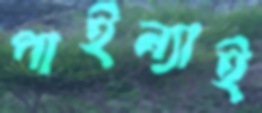
পাইন্যাই